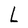
Character: L